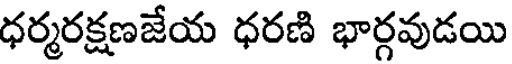
ధర్మరక్షణజేయ ధరణి భార్గవుడయి